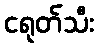
ငရုတ်သီး